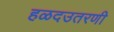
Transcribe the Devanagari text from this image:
हळदउतरणी